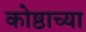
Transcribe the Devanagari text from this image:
कोष्ठाच्या